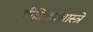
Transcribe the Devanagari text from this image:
श्रीत्रिकाशास्त्रे